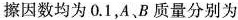
现给A向右的瞬时冲量Ⅰ=14N·s，假设A与B右侧